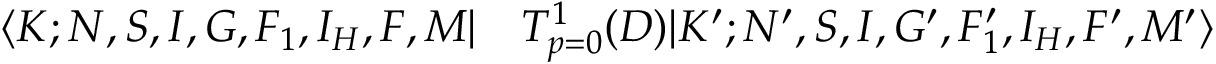
\begin{array} { r l } { \langle K ; N , S , I , G , F _ { 1 } , I _ { H } , F , M | } & { { } T _ { p = 0 } ^ { 1 } ( D ) | K ^ { \prime } ; N ^ { \prime } , S , I , G ^ { \prime } , F _ { 1 } ^ { \prime } , I _ { H } , F ^ { \prime } , M ^ { \prime } \rangle } \end{array}